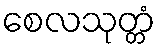
စေလသုတ္တံ